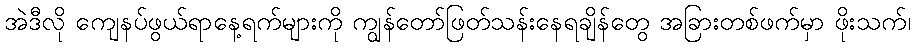
အဲဒီလို ကျေနပ်ဖွယ်ရာနေ့ရက်များကို ကျွန်တော်ဖြတ်သန်းနေရချိန်တွေ အခြားတစ်ဖက်မှာ ဖိုးသက်၊